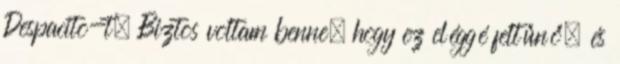
Despacito-t. Biztos voltam benne, hogy ez eléggé feltűnő, és